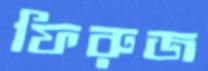
ফিরুজ